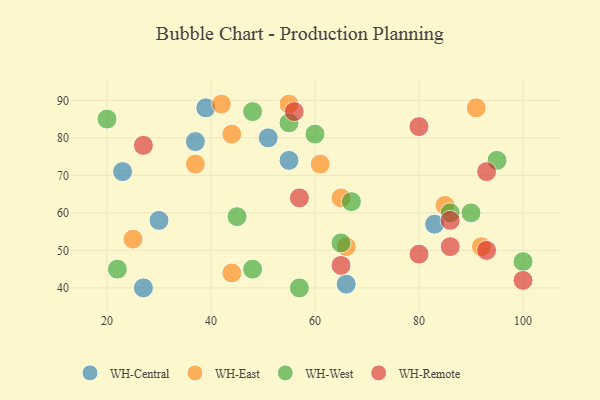
{"axis": {"x": "GDP", "y": "Life Expectancy"}, "legend": ["WH-Central", "WH-East", "WH-Remote", "WH-West"], "data": [{"x": "51", "y": 80, "type": "WH-Central"}, {"x": "30", "y": 58, "type": "WH-Central"}, {"x": "27", "y": 40, "type": "WH-Central"}, {"x": "83", "y": 57, "type": "WH-Central"}, {"x": "23", "y": 71, "type": "WH-Central"}, {"x": "39", "y": 88, "type": "WH-Central"}, {"x": "66", "y": 41, "type": "WH-Central"}, {"x": "55", "y": 74, "type": "WH-Central"}, {"x": "37", "y": 79, "type": "WH-Central"}, {"x": "85", "y": 62, "type": "WH-East"}, {"x": "66", "y": 51, "type": "WH-East"}, {"x": "37", "y": 73, "type": "WH-East"}, {"x": "65", "y": 64, "type": "WH-East"}, {"x": "92", "y": 51, "type": "WH-East"}, {"x": "42", "y": 89, "type": "WH-East"}, {"x": "61", "y": 73, "type": "WH-East"}, {"x": "55", "y": 89, "type": "WH-East"}, {"x": "25", "y": 53, "type": "WH-East"}, {"x": "91", "y": 88, "type": "WH-East"}, {"x": "44", "y": 44, "type": "WH-East"}, {"x": "44", "y": 81, "type": "WH-East"}, {"x": "86", "y": 60, "type": "WH-West"}, {"x": "55", "y": 84, "type": "WH-West"}, {"x": "90", "y": 60, "type": "WH-West"}, {"x": "60", "y": 81, "type": "WH-West"}, {"x": "20", "y": 85, "type": "WH-West"}, {"x": "100", "y": 47, "type": "WH-West"}, {"x": "65", "y": 52, "type": "WH-West"}, {"x": "48", "y": 45, "type": "WH-West"}, {"x": "48", "y": 87, "type": "WH-West"}, {"x": "45", "y": 59, "type": "WH-West"}, {"x": "67", "y": 63, "type": "WH-West"}, {"x": "95", "y": 74, "type": "WH-West"}, {"x": "57", "y": 40, "type": "WH-West"}, {"x": "22", "y": 45, "type": "WH-West"}, {"x": "56", "y": 87, "type": "WH-Remote"}, {"x": "57", "y": 64, "type": "WH-Remote"}, {"x": "65", "y": 46, "type": "WH-Remote"}, {"x": "93", "y": 71, "type": "WH-Remote"}, {"x": "80", "y": 49, "type": "WH-Remote"}, {"x": "86", "y": 51, "type": "WH-Remote"}, {"x": "93", "y": 50, "type": "WH-Remote"}, {"x": "27", "y": 78, "type": "WH-Remote"}, {"x": "86", "y": 58, "type": "WH-Remote"}, {"x": "100", "y": 42, "type": "WH-Remote"}, {"x": "80", "y": 83, "type": "WH-Remote"}]}